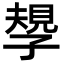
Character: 𡦑